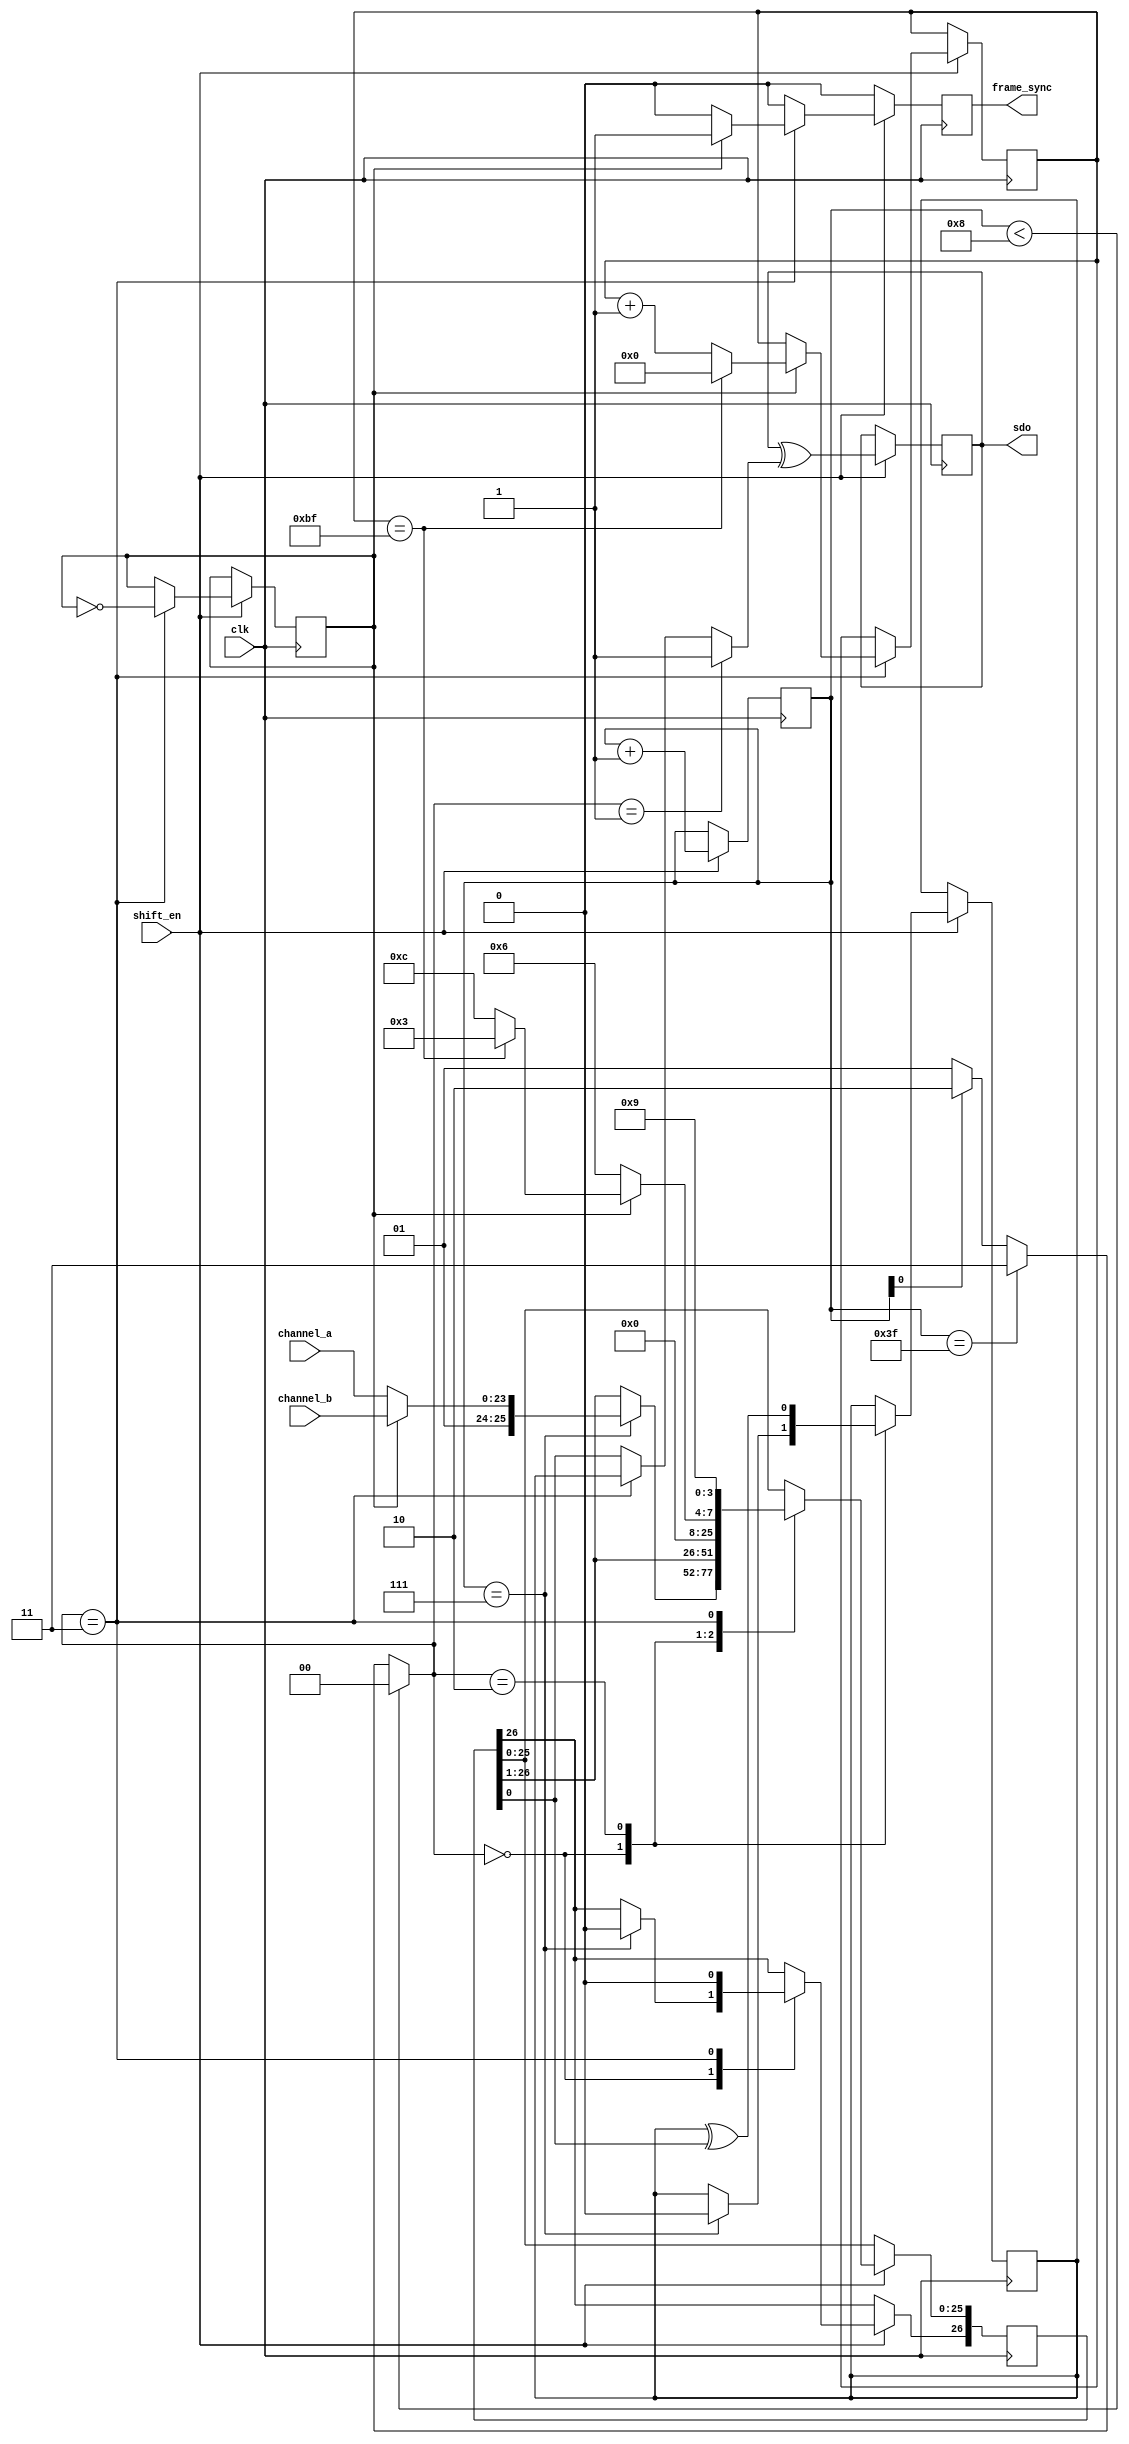
`timescale 1ns / 1ps

/*
 * An AES3 transmitter.
 *
 * Inputs:
 *  clk: The clock. This can be equal to the bit clock or higher.
 *   If it's equal, tie shift_en high.
 *   If it's higher, bring shift_en high on cycles where a bit should
 *   be shifted out.
 *  shift_en: Output shift register enable, see above.
 *  channel_a: 24-bit PCM data for channel A
 *  channel_b: 24-bit PCM data for channel B
 *
 * Outputs:
 *  sdo: serial data out
 *  frame_sync: goes high during the first clock cycle past the end of a frame
 */
module aestransmit(clk, shift_en, channel_a, channel_b, sdo, frame_sync);
	/* This one's a bit more complex than ADAT :/ */
	input wire clk;
	input wire shift_en;
	input wire [23:0] channel_a;
	input wire [23:0] channel_b;
	output reg sdo = 1'b0;
	output reg frame_sync = 1'b0;

	// in (frame, ch, bpos) terms these three are going to count thusly:
	// (0 0 0) - (0 0 1) - (0 0 2) - ... - (0 0 63)
	// (0 1 0) - (0 1 1) - (0 1 2) - ... - (0 1 63)
	// (1 0 0) - (1 0 1) - (1 0 2) - ... - (0 0 63)
	// (1 1 0) - (1 1 1) - (1 1 2) - ... - (0 1 63)
	// ...
	// (191 0 0) - (191 0 1) - (191 0 2) - ... - (191 0 63)
	// (191 1 0) - (191 1 1) - (191 1 2) - ... - (191 1 63)
	// (0 0 0) - (0 0 1) - (0 0 2) - ... - (0 0 63)
	// (0 1 0) - (0 1 1) - (0 1 2) - ... - (0 1 63)
	reg [7:0] frame = 8'b0;
	reg [5:0] bpos = 8'b0;
	reg ch = 0;
	reg parity = 0;

	/*
	 * state: 00 = send preamble, 01 = send "1", 10 = send data bit
	 * from shift reg. State is determined from bpos only.
	 */
	wire [1:0] state;

	/* state decode logic */
	assign state =
		(bpos < 8) ? 2'b00 :
		(bpos == 63) ? 2'b11 :
		(bpos[0] == 0) ? 2'b01 :
		2'b10;

	reg [26:0] shiftreg = 27'b0;

	wire outbit;
	assign outbit =
		(state == 2'b01) ? 1'b1 :
		(state == 2'b11) ? parity :
		shiftreg[0];

	wire [3:0] next_preamble;
	assign next_preamble =
		(ch == 0) ? 4'b0110 :
		(frame == 191) ? 4'b0011 :
		4'b1100;


	wire [23:0] chdata = ch ? channel_b : channel_a;

	wire chstatus;
	//assign chstatus = (frame == 0);
	assign chstatus = 1'b0;

	wire userdata;
	assign userdata = 1'b0;

	wire validity;
	assign validity = 1'b1;

	always @ (posedge clk) begin
		frame_sync <= 0;

		if (shift_en) begin
			bpos <= bpos + 6'd1;
			sdo <= sdo ^ outbit;

			case (state)
				2'b00: begin
					// if this is the last cycle of preamble,
					// load shift register and reset parity
					if (bpos == 5'd7) begin
						shiftreg <= {
							chstatus,
							userdata,
							validity,
							chdata
						};
						parity <= 0;
					end
					else begin
						shiftreg[25:0] <= shiftreg[26:1];
					end
				end
				2'b10: begin
					shiftreg[25:0] <= shiftreg[26:1];
					parity <= parity ^ shiftreg[0];
				end
				2'b11: begin
					// send parity bit (bpos == 63) and load next preamble
					shiftreg <= { 20'b0, next_preamble, 4'b1001 };

					// advance channel and frame
					ch <= !ch;
					if (ch) begin
						// at end of each audio frame pulse frame_sync high
						frame_sync <= 1;
						frame <= (frame == 191) ? 8'd0 : frame+8'd1;
					end
				end
			endcase
		end
	end
endmodule